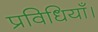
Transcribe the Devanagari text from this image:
प्रविधियाँ।